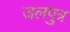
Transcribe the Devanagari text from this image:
जलपुत्र